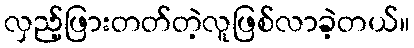
လှည့်ဖြားတတ်တဲ့လူဖြစ်လာခဲ့တယ်။